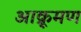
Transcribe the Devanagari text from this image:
आक्रूमण